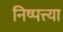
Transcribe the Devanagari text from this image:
निष्पत्त्या